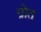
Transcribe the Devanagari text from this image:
ग्रोत